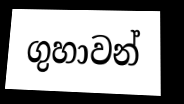
ගුහාවන්